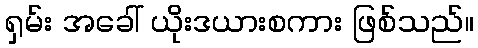
ရှမ်း အခေါ် ယိုးဒယားစကား ဖြစ်သည်။